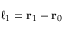
\boldsymbol { \ell } _ { 1 } = \mathbf { r } _ { 1 } - \mathbf { r } _ { 0 }